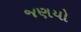
જણયો